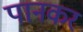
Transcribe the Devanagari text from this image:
पानकर